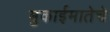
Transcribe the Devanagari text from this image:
मुकाईमातेचे